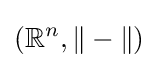
(\mathbb {R} ^{n},\|-\|)